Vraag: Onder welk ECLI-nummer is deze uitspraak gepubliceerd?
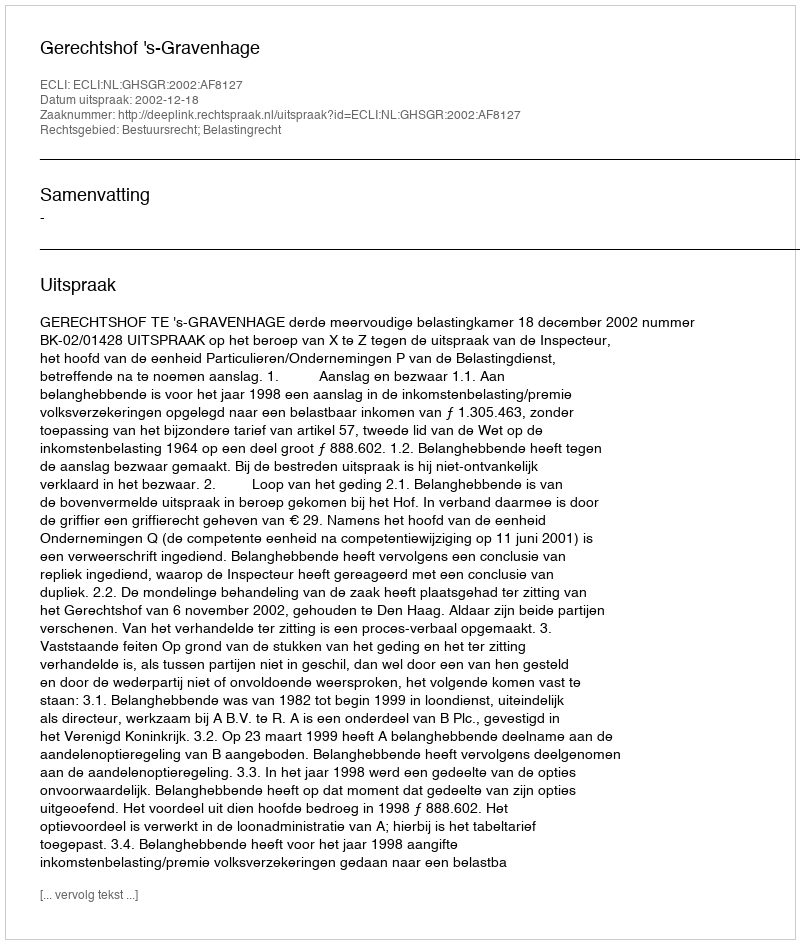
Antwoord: ECLI:NL:GHSGR:2002:AF8127